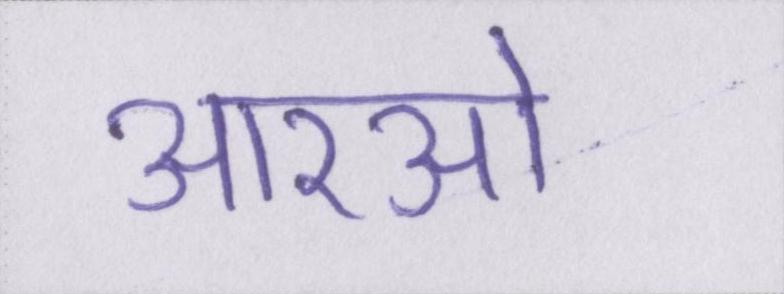
आरओ